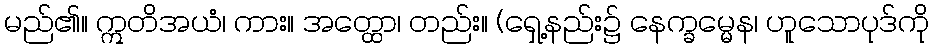
မည်၏။ ဣတိအယံ၊ ကား။ အတ္ထော၊ တည်း။ (ရှေ့နည်း၌ နေက္ခမ္မေန၊ ဟူသောပုဒ်ကို